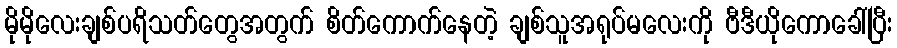
မိုမိုလေးချစ်ပရိသတ်တွေအတွက် စိတ်ကောက်နေတဲ့ ချစ်သူအရုပ်မလေးကို ဗီဒီယိုကောခေါ်ပြီး